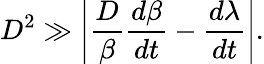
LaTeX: D^{2}\gg\left|\frac{D}{\beta}\frac{d\beta}{dt}-\frac{d\lambda}{dt}\right|.